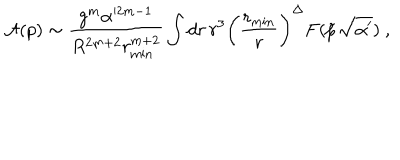
{ \cal A } ( p ) \sim \frac { g ^ { m } \alpha ^ { 2 m - 1 } } { R ^ { 2 m + 2 } r _ { \mathrm { m i n } } ^ { m + 2 } } \int d r \, r ^ { 3 } \biggl ( \frac { r _ { \mathrm { m i n } } } { r } \biggr ) ^ { \Delta } F ( \tilde { p } \sqrt { \alpha ^ { \prime } } ) \ ,